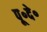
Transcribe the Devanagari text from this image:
पू॰दे॰